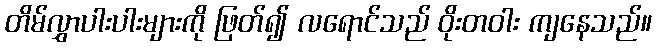
တိမ်လွှာပါးပါးများကို ဖြတ်၍ လရောင်သည် ဝိုးတဝါး ကျနေသည်။